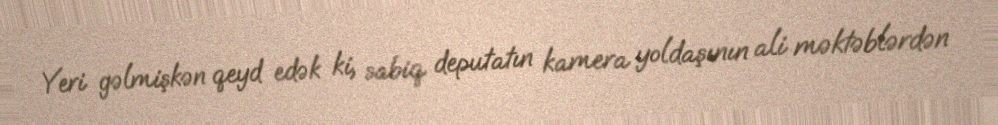
Yeri gəlmişkən qeyd edək ki, sabiq deputatın kamera yoldaşının ali məktəblərdən